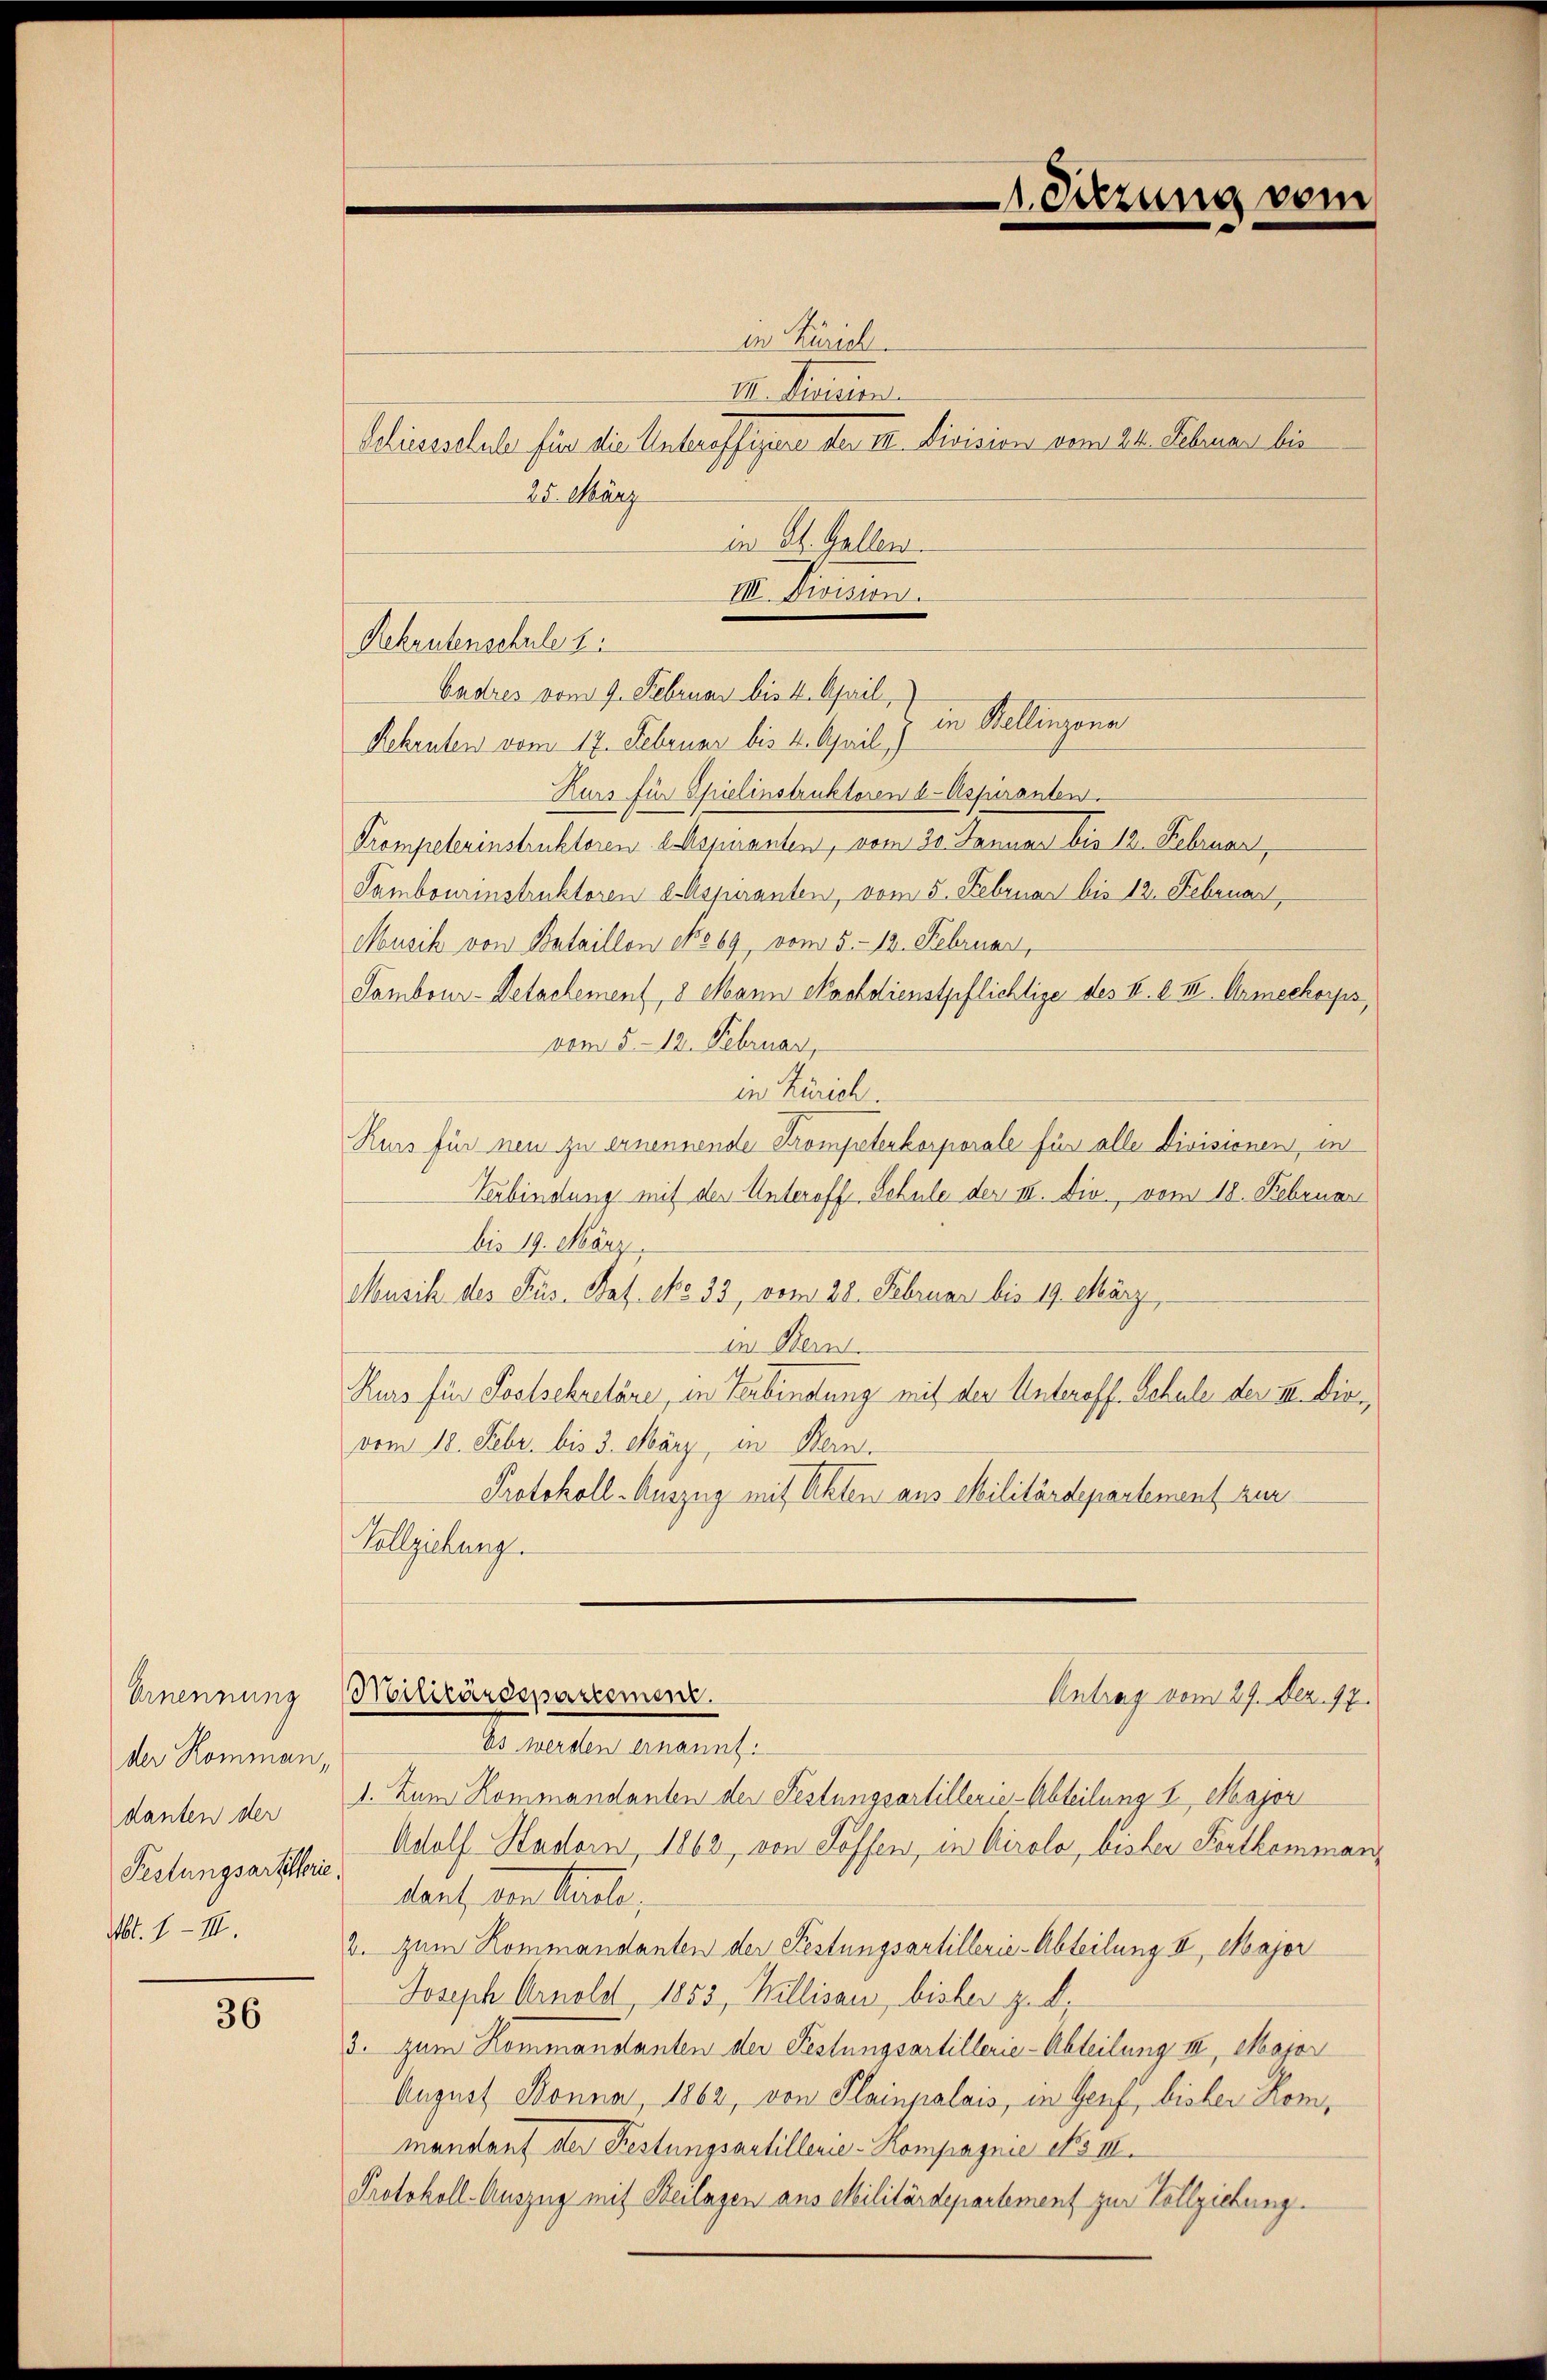
Ernennung
der Komman,
danten der
Mt. 1.- III.

36

in Zürich.
II. Kurien
Schiessschule für die Unteroffiziere der III. Division vom 21. Februar bis
25. März
in St. Gallen.
Scheutenschuler
Rehenten vom 17. Februar bis 4. April)
Kurs für Spielinstruktoren a. Aspiranten.
Krompelerinstruktorene Aspiranten, vom 30. Januar bis 12. Februar,
Sambourinstruktoren a. Aspiranten, vom 5. Februar bis 12. Februar,
Musik von Bataillon No 69 vom 5. 13. Februar,
Sambour-Detactement, 8 Mann Nachdienstpflichtige des V. d. II. Armeekorps,
vom 5. 12. Februar,
in Zürich.
Kurs für neu zu ernennende Trompeterkorporale für alle Divisionen, in
Verbindung mit der Unteroff Schule der III. Die vom 18. Februar
bis 19. März,
Musik des Fus. Bat. No. 33, vom 28. Februar bis 19. März,
der Bern
Kurs für Soslsekretäre, in Verbindung mit der Unteroff. Schule der III. Dievom 18. Febr. bis 3. März, in Bern,
Protokoll-Auszug mit Akten aus Militärdepartement zur
Vollziehung.

III. Division.
Cadres vom 9. Februar bis 4. April,
 in Stellinzona

A. Sitzung vom

Militärdepartement.
Antrag vom 29. Dez. 17.

Es werden ernannt.
1. Zum Kommandanten der Festungsartillerie-Abteilung 1. Major
Festungsartitheris Adolf Hader, 1862, von Hoffen, in Airolo, bisher Seithermandant, den kante,
2. Zum Kommandanten der Festungsartillerie-Abteilung II, Major
Joseph Arnold 1853, Willisau, bisher z. d.
3. zum Kommandanten der Festungsartillerie-Abteilung III, Major
August Bonna, 1862, von Plainpalais, in Genf, bisher Kommandauf der Festungsartillerie-Kompagnie No III.
Protokoll-Auszug mit Beilagen aus Militärdepartement zur Vollziehung.